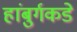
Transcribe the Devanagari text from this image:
हांबुर्गकडे